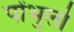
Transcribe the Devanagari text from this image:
पोंभुर्ला